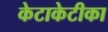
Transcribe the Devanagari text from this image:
केटाकेटीका